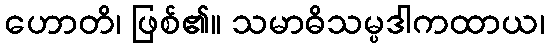
ဟောတိ၊ ဖြစ်၏။ သမာဓိသမ္ပဒါကထာယ၊